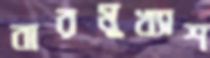
বারমুখ্যাশ